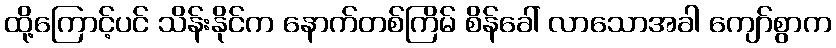
ထို့ကြောင့်ပင် သိန်းနိုင်က နောက်တစ်ကြိမ် စိန်ခေါ် လာသောအခါ ကျော်စွာက